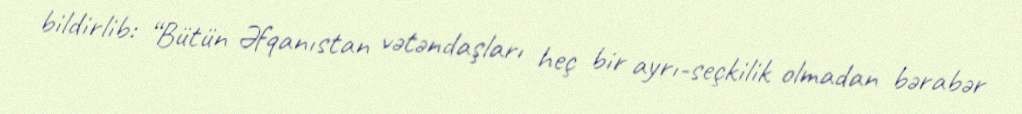
bildirlib: “Bütün Əfqanıstan vətəndaşları heç bir ayrı-seçkilik olmadan bərabər